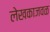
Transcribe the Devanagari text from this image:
लेखकाजवळ